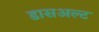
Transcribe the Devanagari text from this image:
डासअल्ट